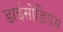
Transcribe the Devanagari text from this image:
डाईसोडियम